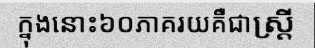
ក្នុងនោះ៦០ភាគរយគឺជាស្ត្រី